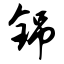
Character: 铞